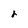
Character: r